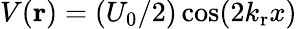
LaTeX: V({\mathbf r})=(U_{0}/2)\cos(2k_{\mathrm r}x)